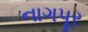
નાગપૂર